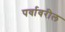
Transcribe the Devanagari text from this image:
पर्वावरील